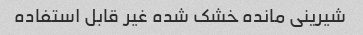
شیرینی مانده خشک شده غیر قابل استفاده